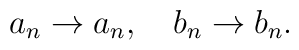
a_n \rightarrow  a_n, \quad b_n \rightarrow b_n.